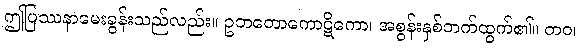
ဤပြဿနာမေးခွန်းသည်လည်း။ ဥဘတောကောဋိကော၊ အစွန်းနှစ်ဘက်ထွက်၏။ တဝ၊